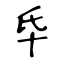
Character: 氒